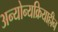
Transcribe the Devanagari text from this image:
अन्योन्यक्रियाहीन